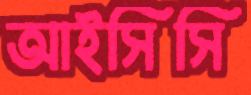
আইসিসি